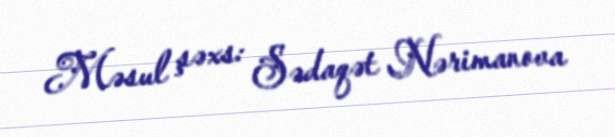
Məsul şəxs: Sədaqət Nərimanova